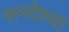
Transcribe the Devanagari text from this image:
सनदेच्या